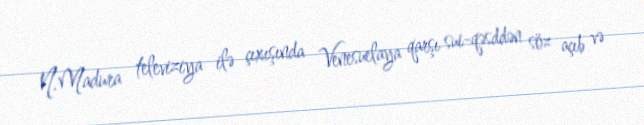
N.Madura televiziya ilə çıxışında Venesuelaya qarşı sui-qəsddən söz açıb və